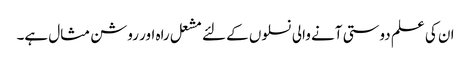
ان کی علم دوستی آنے والی نسلوں کے لئے مشعل راہ اور روشن مثال ہے۔